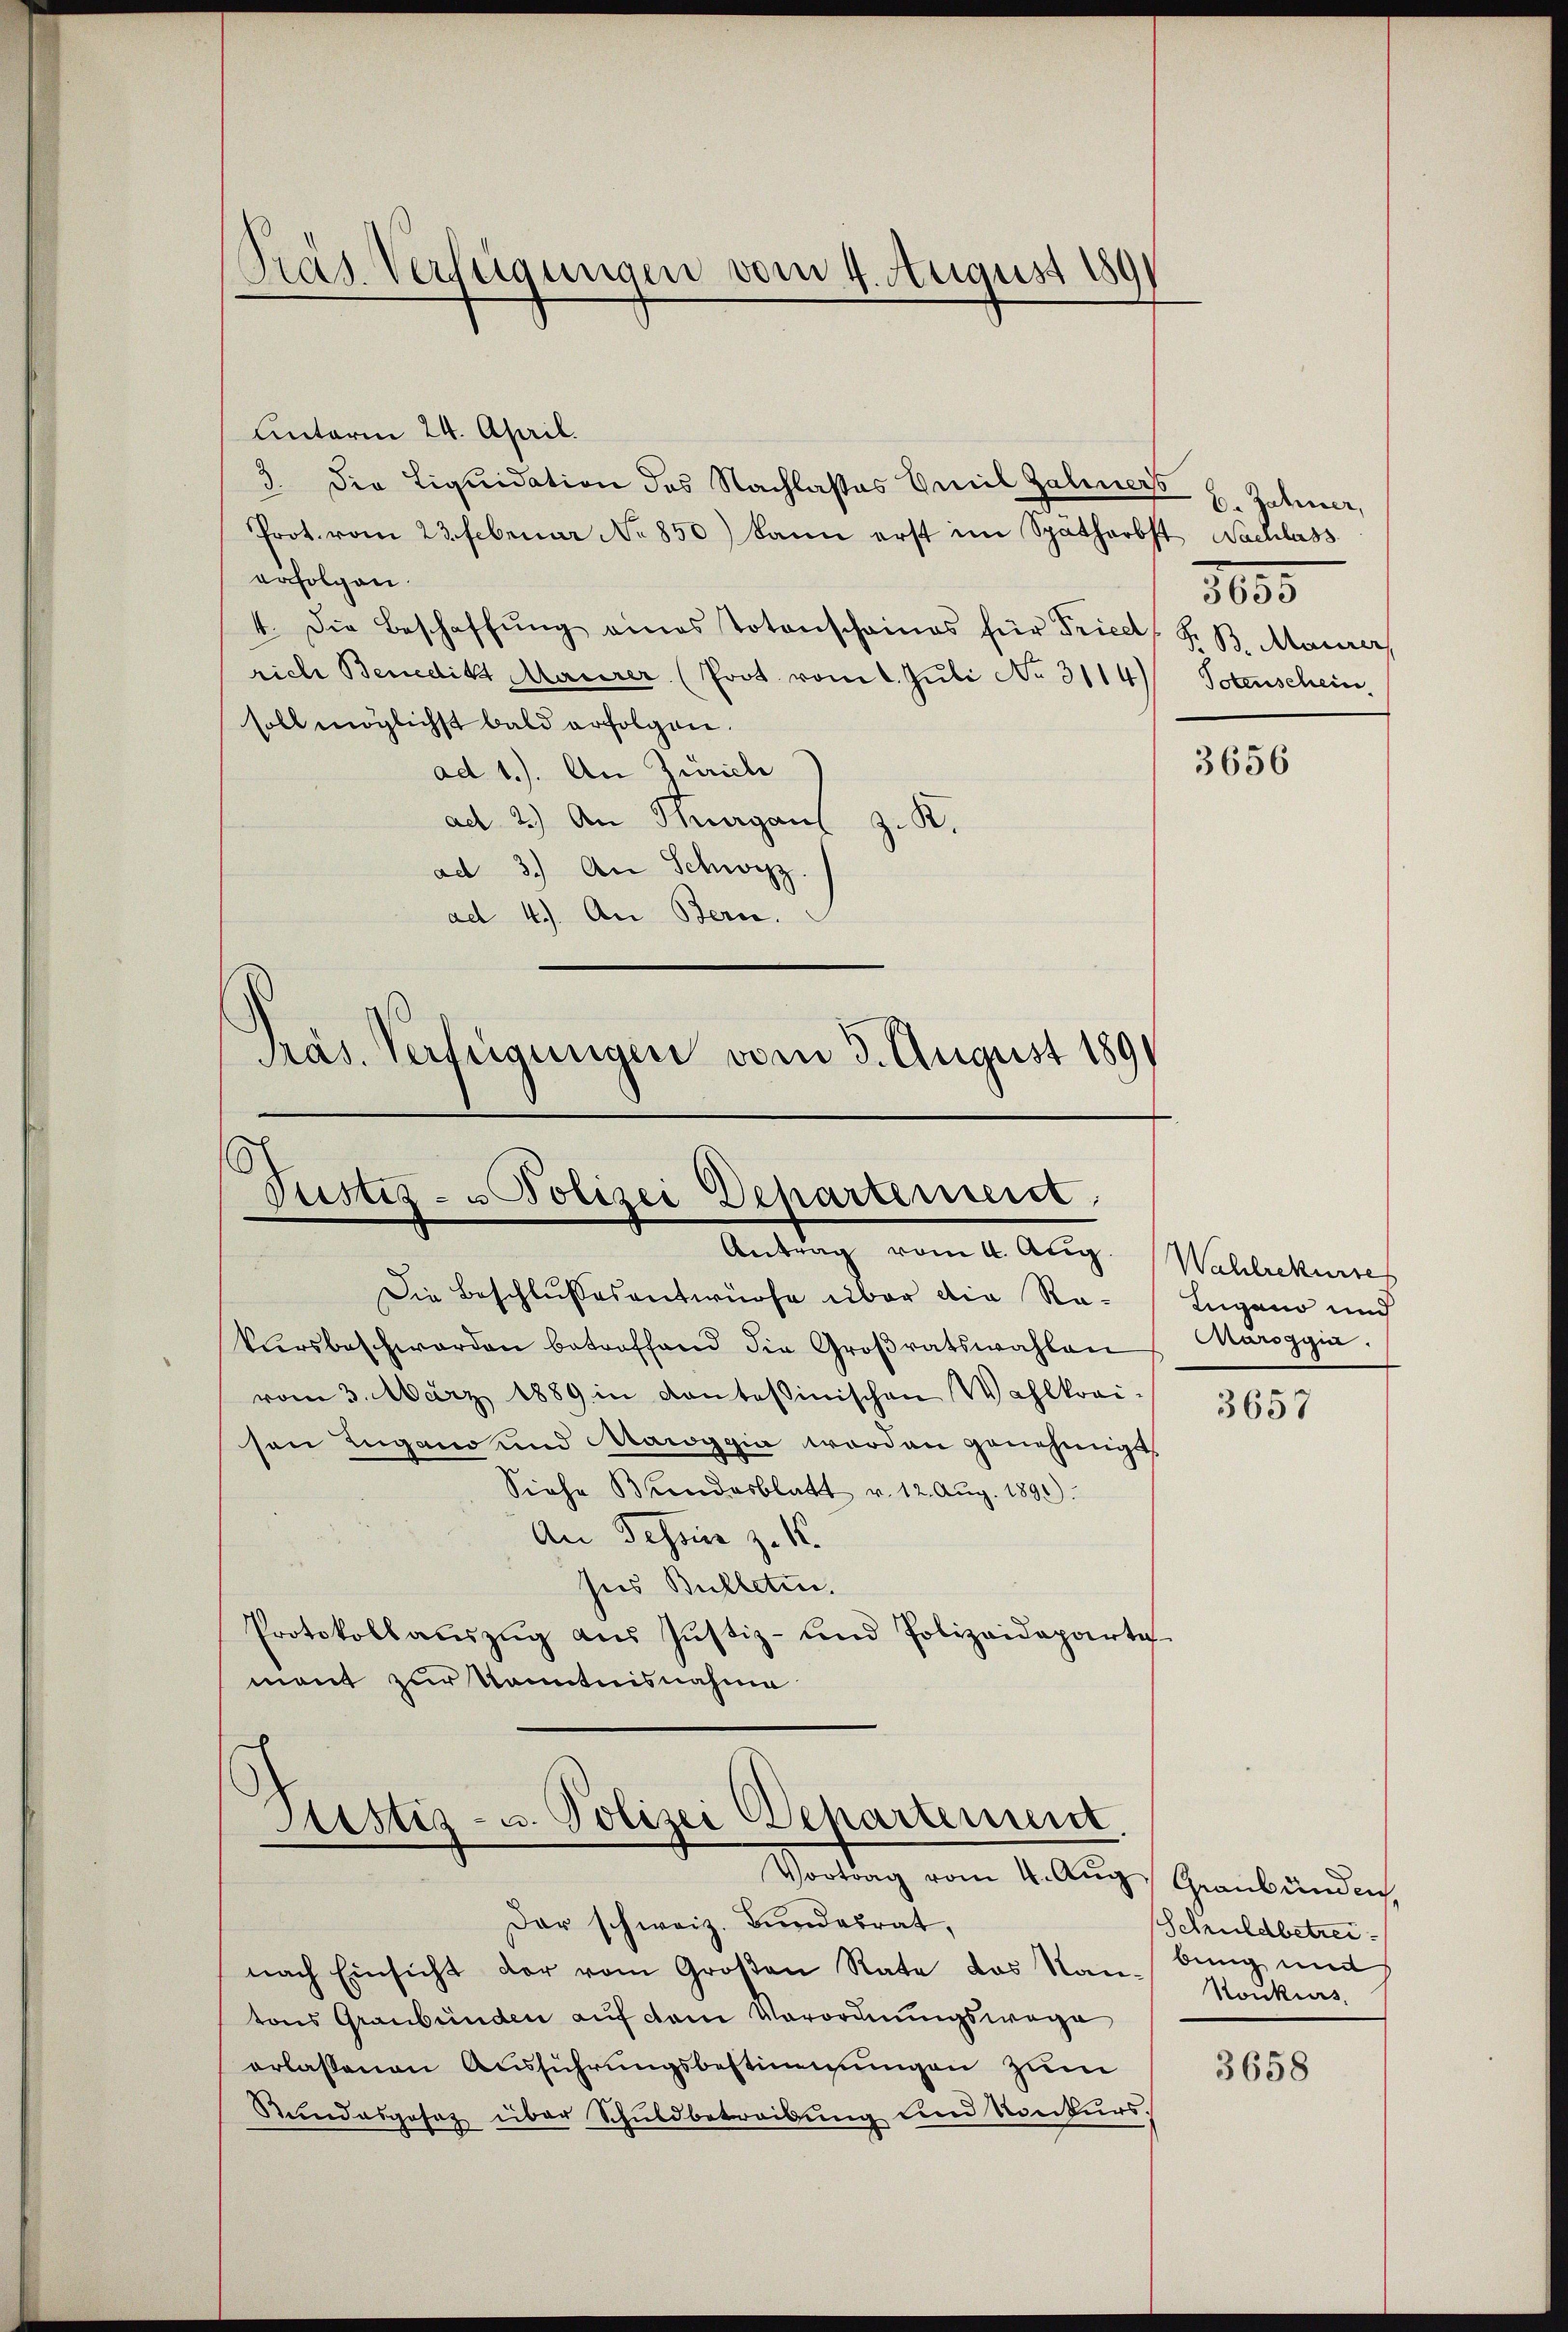
Unterm 24. April.
3. Die Liquidation des Nachlasses Emil Zahners
Prot. vom 23. Februar No 850) kann erst im Spätherbst Nachlass
erfolgen.
4. Die Beschaffŭng eines Totenschaines für Friedt, S. B. Maurer,
rich Benedikt Maurer (Prot. vom 1. Juli No 3114)
soll möglichst bald erfolgen.
ad 1.). An Zürich
ad 2.) An Thurgaus z. K.
ad 3.) An Schwyz
ad 4.) An Bern.
Präs. Verfügungen vom 3. August 1891

Pras Verfügungen vom 4. August 1891

.
Justiz- u Polizei Departement
Antrag vom 4. Aug. Wahlrekurses

Die Beschlussesentwurfe über die Rekursbeschwerden betroffend die Großratswahlen
vom 3. März 1889 in kantessinischen Wahlkrei-
sen Lugano und Maroggia worden genehmigt,
Siehe Brandesblatt v. 12. Aug. 1890.
An Tessin z. 16.
sies Bulleten.
Protokollaŭszŭg aŭs Jŭstiz- und Polizeideparte
mant zur Kenntnisnahme

Justiz- u. Polizei Departement.
Vontag vom 4. Aug. Graubünden,

Der schweiz. Bundesrat,
nach Einsicht der vom Großen Rate das Kantons Graubünden auf dem Verordnungswage
erlassenen Ausführungsbestimmungen zum
Stundesgesetz über Schuldbetreibung und Konkurs.

6. Jahner,
2055
Totenschein

3656

Lugano und
Maroggia.

3657

Schuldbetreibung mit
Konkurs

3658